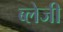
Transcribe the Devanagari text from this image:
ब्लेजी